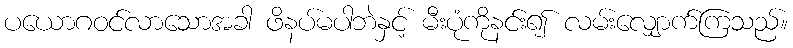
ပယောဂဝင်လာသောအခါ ဖိနပ်မပါဘဲနှင့် မီးပုံကိုနင်း၍ လမ်းလျှောက်ကြသည်။